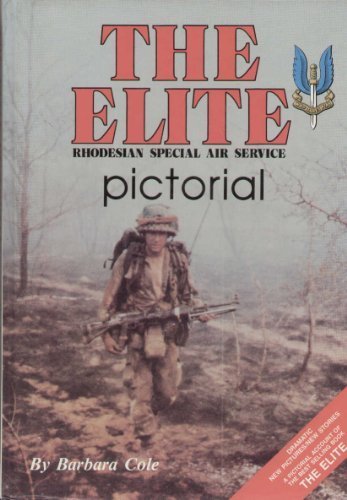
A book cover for The Elite Pictorial: Rhodesian Special Air Service; Barbara Cole; Engineering & Transportation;